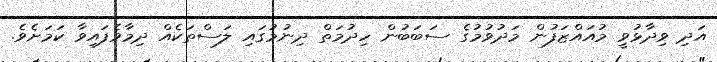
އަދި ވިދާޅުވީ މުއައްޒަފުން މަދުވުމުގެ ސަބަބުން ހިދުމަތް ދިނުމުގައި ލަސްތަކެއް ދިމާވެފައިވާ ކަމަށެވެ.